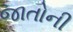
જાતોની